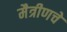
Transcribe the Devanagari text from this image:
मैत्रीणचे